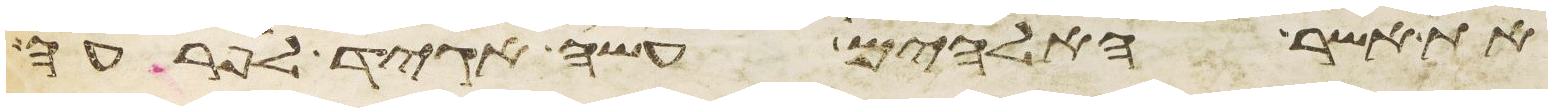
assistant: את אשר האלהים עשה אגיד לפרעה